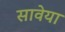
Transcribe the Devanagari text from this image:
सावेया